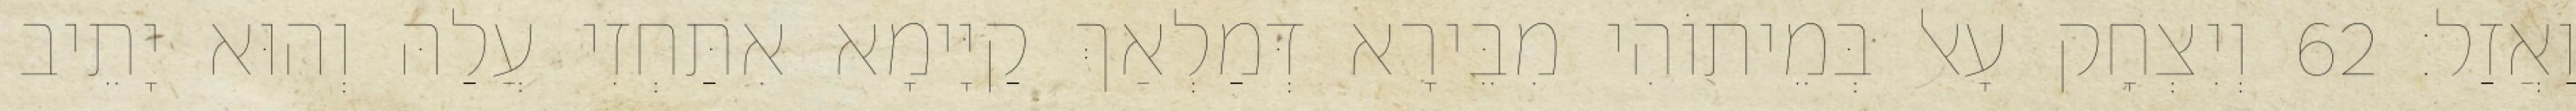
וַאֲזַל׃ 62 וְיִצְחָק עָאל בְּמֵיתוֹהִי מִבֵּירָא דְּמַלְאַךְ קַיָּימָא אִתַּחְזִי עֲלַהּ וְהוּא יָתֵיב